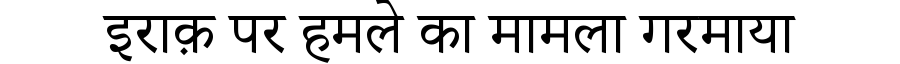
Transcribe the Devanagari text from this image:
इराक़ पर हमले का मामला गरमाया